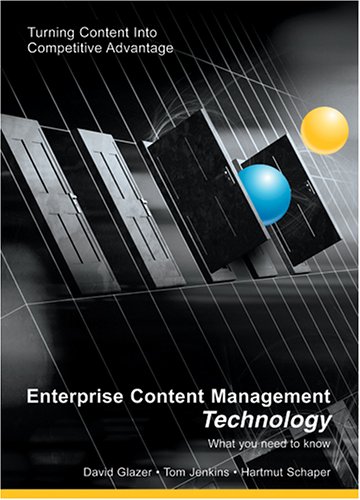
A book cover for Enterprise Content Management Technology: What You Need to Know; Tom Jenkins; Computers & Technology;